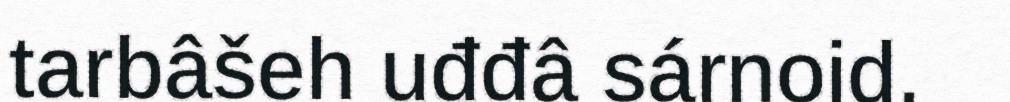
tarbâšeh uđđâ sárnoid.